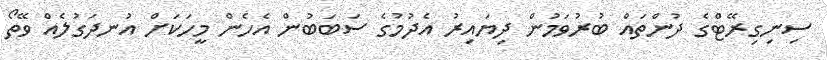
ސިނިގިރޭޓްގެ ދުންތައް ބުރުވަމުން ދިޔައިރު އެދުމުގެ ސަބަބުން އެހެން މީހަކަށް އުނދަގުލެއް ވޭތޯ